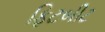
ફિટબીટ